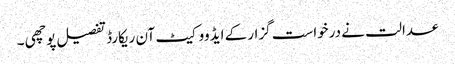
عدالت نے درخواست گزار کے ایڈووکیٹ آن ریکارڈ تفصیل پوچھی ۔